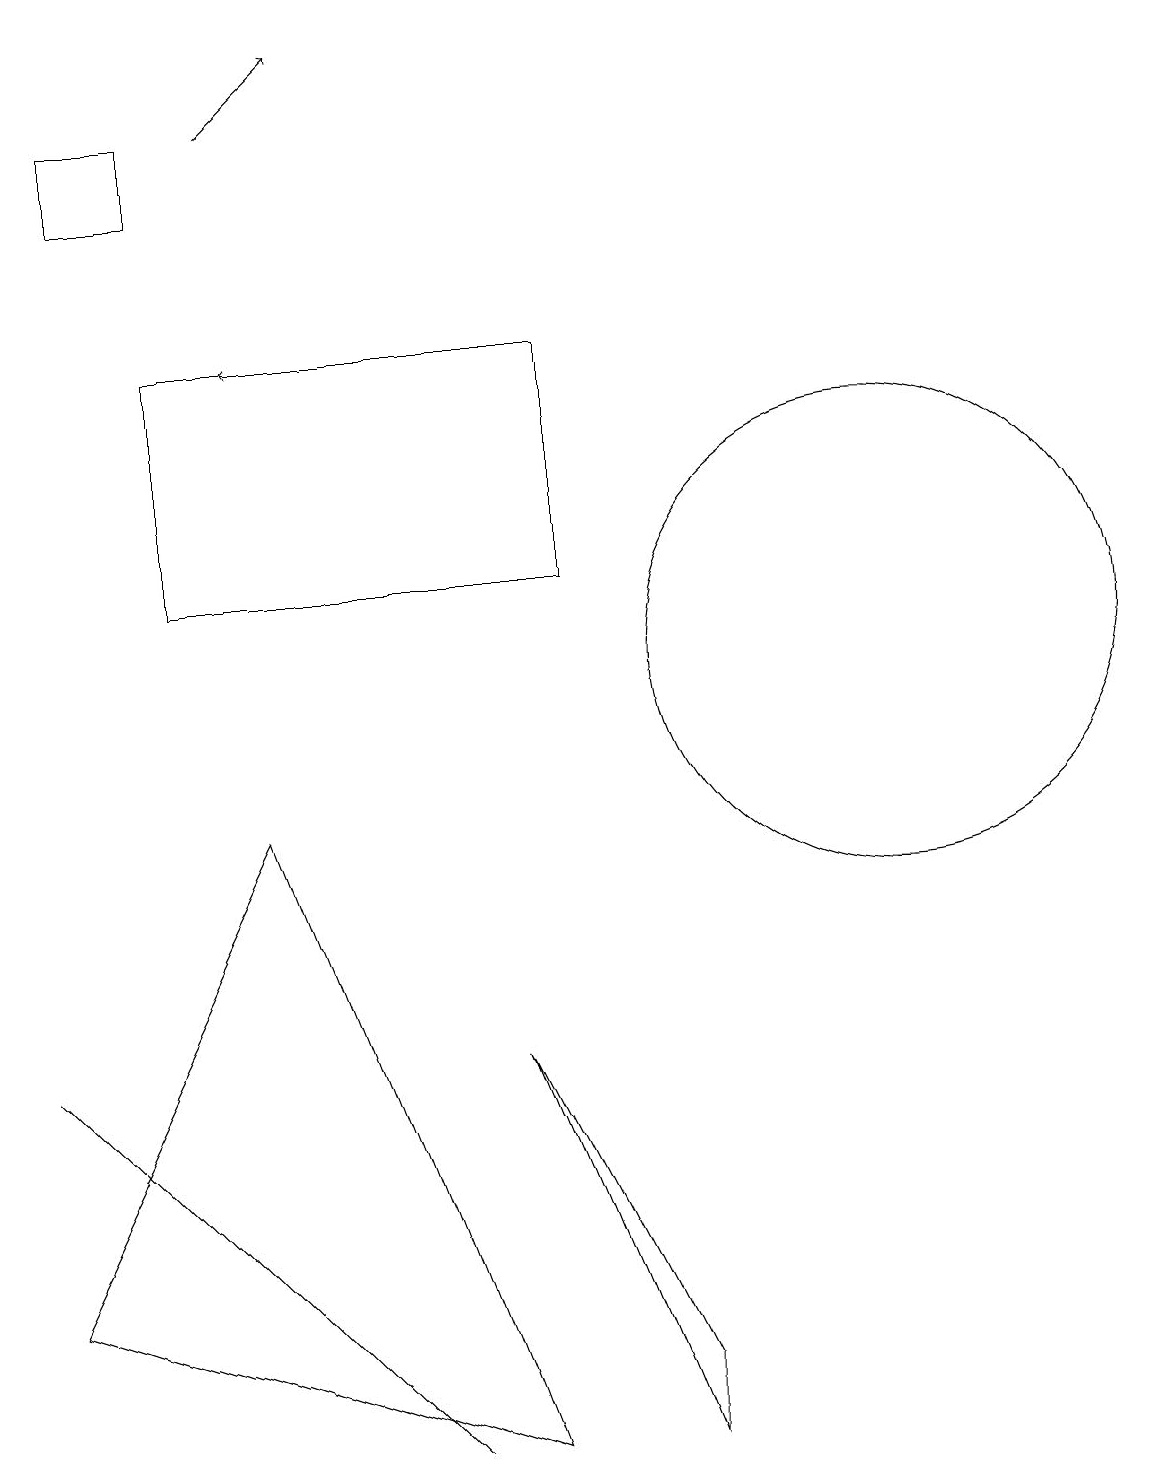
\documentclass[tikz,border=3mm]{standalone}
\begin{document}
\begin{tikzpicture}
\draw (2,18) rectangle (1,17);
\draw[->] (3,18) -- (4,19);
\draw (11,11) circle (3);
\draw (8,2) -- (6,6) -- (8,1) -- cycle;
\draw (0,6) -- (0,6) -- (5,1) -- cycle;
\draw[->] (5,15) -- (3,15);
\draw (7,15) rectangle (2,12);
\draw (3,9) -- (0,3) -- (6,1) -- cycle;
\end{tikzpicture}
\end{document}